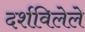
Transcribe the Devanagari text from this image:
दर्शविलेले